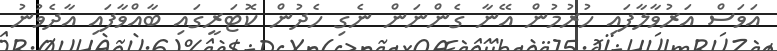
އަވަސް އަރުވާލާފައި ހުރުމުން އޭނާ ގެންނަން ނެގި ހެދުން ކޮޓަރީގައި ބާއްވާފައި އާދެވުނު